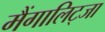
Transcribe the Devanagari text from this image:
मैंगालिट्जा